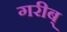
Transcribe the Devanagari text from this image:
गरीब्